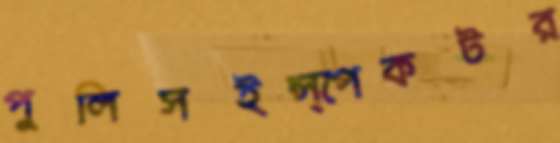
পুলিসইন্‌স্পেকটর